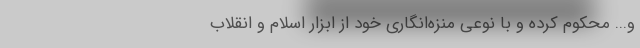
و... محکوم کرده و با نوعی منزه‌انگاری خود از ابزار اسلام و انقلاب